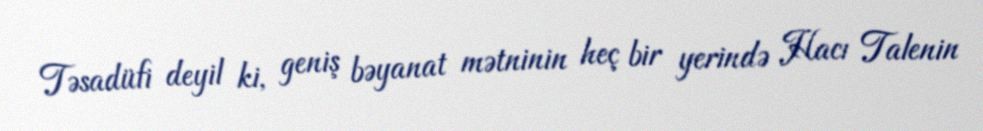
Təsadüfi deyil ki, geniş bəyanat mətninin heç bir yerində Hacı Talenin